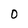
Character: 0